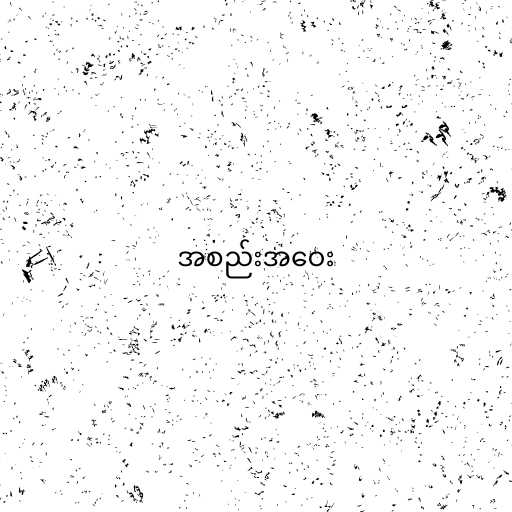
အစည်းအဝေး